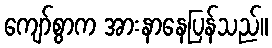
ကျော်စွာက အားနာနေပြန်သည်။